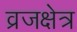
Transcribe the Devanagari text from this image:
व्रजक्षेत्र